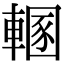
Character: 𨍲